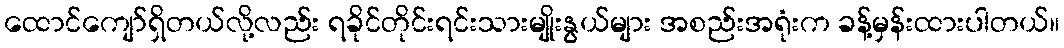
ထောင်ကျော်ရှိတယ်လို့လည်း ရခိုင်တိုင်းရင်းသားမျိုးနွယ်များ အစည်းအရုံးက ခန့်မှန်းထားပါတယ်။